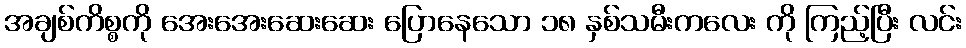
အချစ်ကိစ္စကို အေးအေးဆေးဆေး ပြောနေသော ၁၈ နှစ်သမီးကလေး ကို ကြည့်ပြီး လင်း